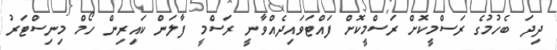
ދިދަ ބެހުމުގެ ރަސްމީކޮށް ރަސްމީކޮށް ފައްޓަވައިދެއްވާނީ ރަސްމީ ފާލަން ކައިރިން ހޯމް މިނިސްޓަރު